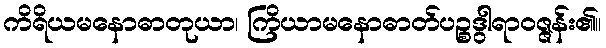
ကိရိယမနောဓာတုယာ၊ ကြိယာမနောဓာတ်ပဉ္စဒွါရာဝဇ္ဇန်း၏။